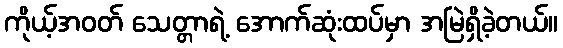
ကိုယ့်အဝတ် သေတ္တာရဲ့ အောက်ဆုံးထပ်မှာ အမြဲရှိခဲ့တယ်။